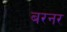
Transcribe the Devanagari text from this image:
बरनर